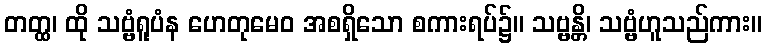
တတ္ထ၊ ထို သဗ္ဗံရူပံန ဟေတုမေဝ အစရှိသော စကားရပ်၌။ သဗ္ဗန္တိ၊ သဗ္ဗံဟူသည်ကား။